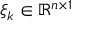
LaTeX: \xi _ { k } \in \mathbb { R } ^ { n \times 1 }